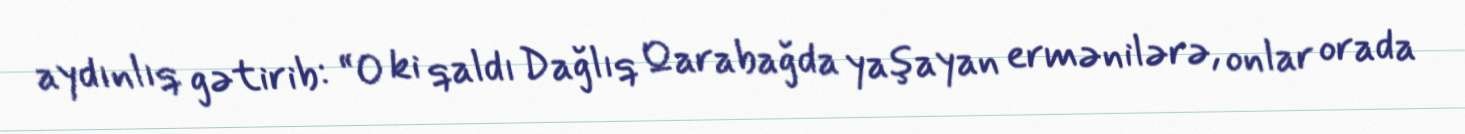
aydınlıq gətirib: “O ki qaldı Dağlıq Qarabağda yaşayan ermənilərə, onlar orada